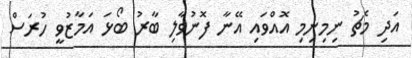
އަދި މެޗު ނިމިނިމި އޮއްވައި އޭނާ ފޮނުވާލި ބާރު ބޯޅަ އަމާޒުވީ ހުރަސް